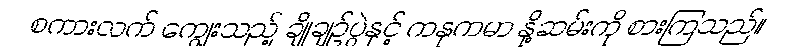
စကားလက် ကျွေးသည့် ချိုချဉ်ပွဲနှင့် ကနုကမာ နို့ဆမ်းကို စားကြသည်။